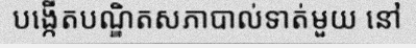
បង្កើតបណ្ឌិតសភាបាល់ទាត់មួយ នៅ